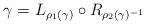
LaTeX: \begin{align*} \gamma = L_{\rho_1(\gamma)} \circ R_{\rho_2(\gamma)^{-1}}\end{align*}